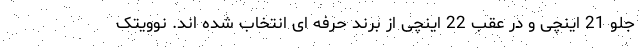
جلو 21 اینچی و در عقب 22 اینچی از برند حرفه ای انتخاب شده اند. نوویتک